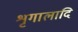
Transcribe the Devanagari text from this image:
शृगालादि